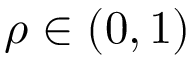
\rho \in ( 0 , 1 )